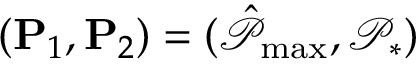
( \mathbf { P } _ { 1 } , \mathbf { P } _ { 2 } ) = ( \hat { \mathcal { P } } _ { \operatorname* { m a x } } , \mathcal { P } _ { * } )